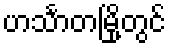
ဟင်္သာတမြို့တွင်